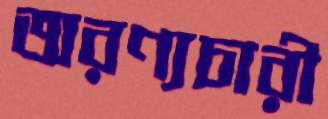
অরণ্যচারী